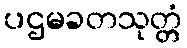
ပဌမခတသုတ္တံ